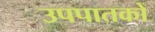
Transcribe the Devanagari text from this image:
उपपातकों